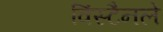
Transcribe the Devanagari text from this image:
विंस्टैनले